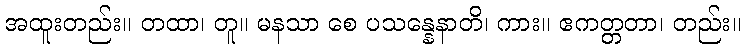
အထူးတည်း။ တထာ၊ တူ။ မနသာ စေ ပသန္နေနာတိ၊ ကား။ ဧကတ္တတာ၊ တည်း။